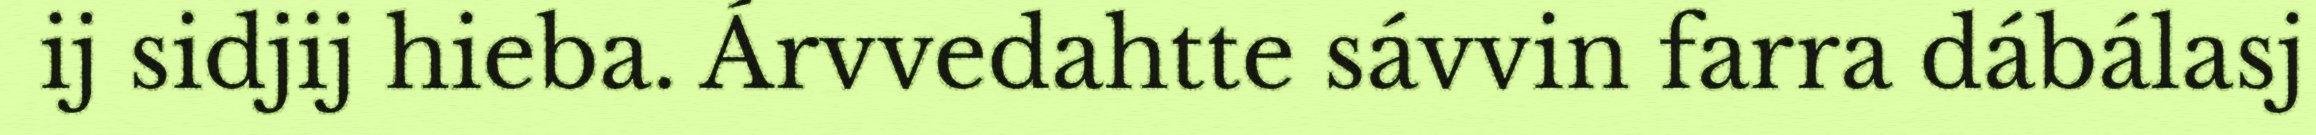
ij sidjij hieba. Árvvedahtte sávvin farra dábálasj